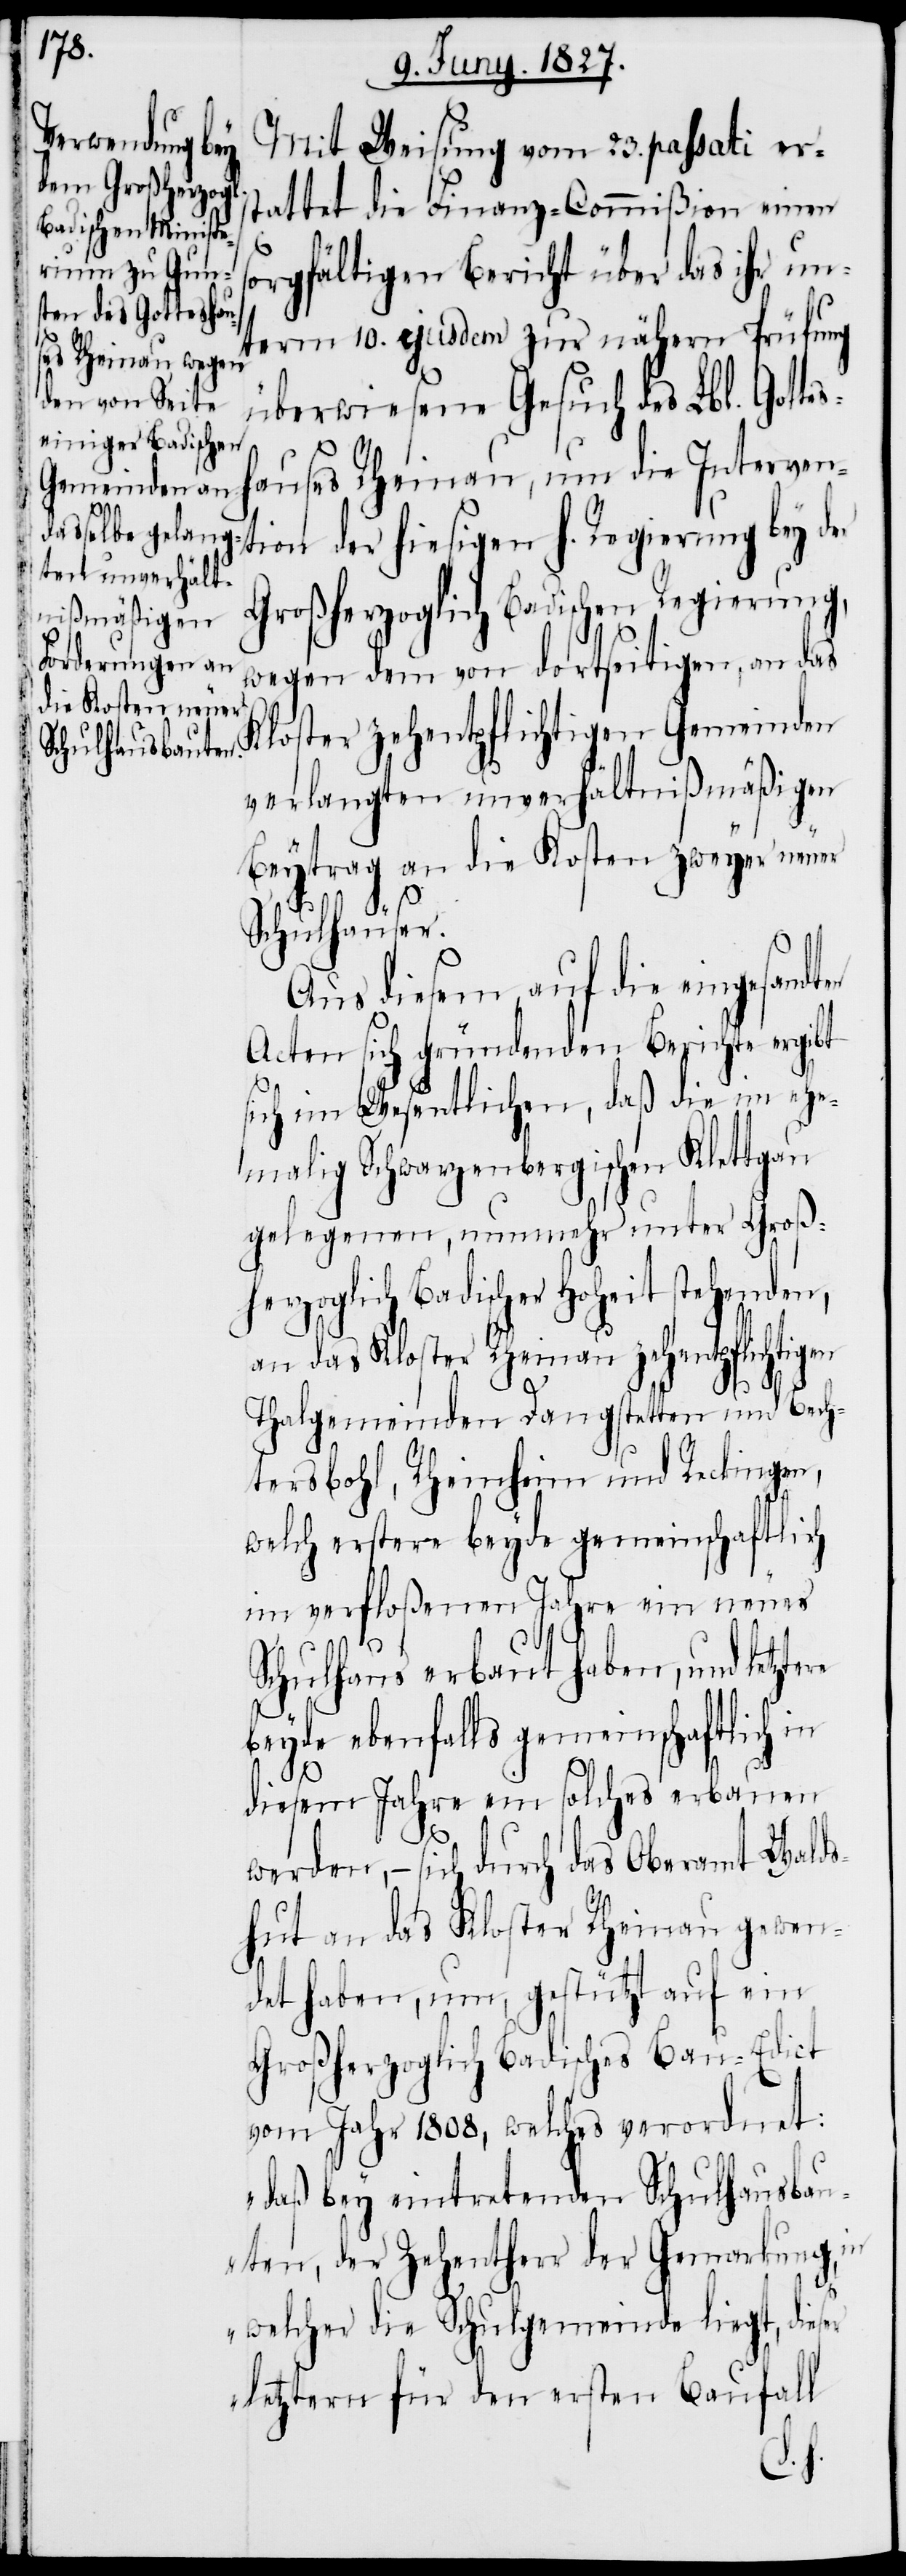
Mit Weisung vom 23. passati er¬
stattet die Finanz-Commißion einen
sorgfältigen Bericht über das ihr un¬
term 10. ejusdem zur näher Prüfung
überwiesene Gesuch des Lbl. Gottes¬
hauses Rheinau, um die Interven¬
tion der hiesigen h. Regierung bey der
Großherzoglich Badischen Regierung,
wegen dem von dortseitigen, an das
Kloster zehentpflichtigen Gemeinden
verlangten unverhältnißmäßigen
Beytrag an die Kosten zweyer neuer
er
Schulhäuser.
Aus diesem, auf die eingesan¬
Acten sich gründenden Berichte ergibt
sich im Wesentlichen, daß die im ehe¬
malig Schwarzenbergischen Klettgau
gelegenen, nunmehr unter Großhe¬
rzoglich Badischer Hoheit stehen¬
an das Kloster Rheinau zehentpflichtigen
Thalgemeinden Dangstetten und Bech¬
tersbohl, Rheinheim und Reckingen,
welch erstere beyde gemeinschaftlich
im verfloßenen Jahre ein neues
Schulhaus erbaut haben, und letzte¬
beyde ebenfalls gemeinschaftlich in
diesem Jahre ein solches erbauen
werden, – sich durch das Oberamt Walds¬
hut an das Kloster Rheinau gewen¬
det haben, um, gestützt auf ein
Großherzoglich Badisches Bau-Edict
vom Jahr 1808, welches verordnet:
„daß bey eintretenden Schulhausbau¬
ten, der Zehentherr der Gemarkung, in
welcher die Schulgemeinde liegt, dies¬
Letztern für den ersten Baufall
re